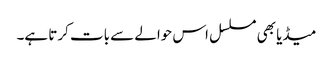
میڈیا بھی مسلسل اس حوالے سے بات کرتا ہے۔